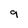
Character: 9